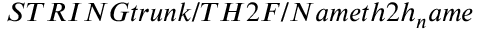
S T R I N G t r u n k / T H 2 F / N a m e t h 2 h _ { n } a m e